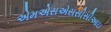
એમએસએસસીસીઆઇ